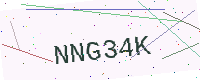
Text: NNG34K